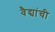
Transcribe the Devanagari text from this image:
वैद्यांची